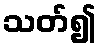
သတ်၍